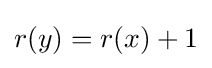
r(y)=r(x)+1